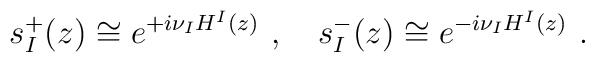
s^{+}_{I}(z) \cong e^{+i \nu_{I} H^{I}(z)}~,\quad s^{-}_{I}(z) \cong e^{-i\nu_{I} H^{I}(z)}~.